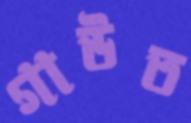
গাউত